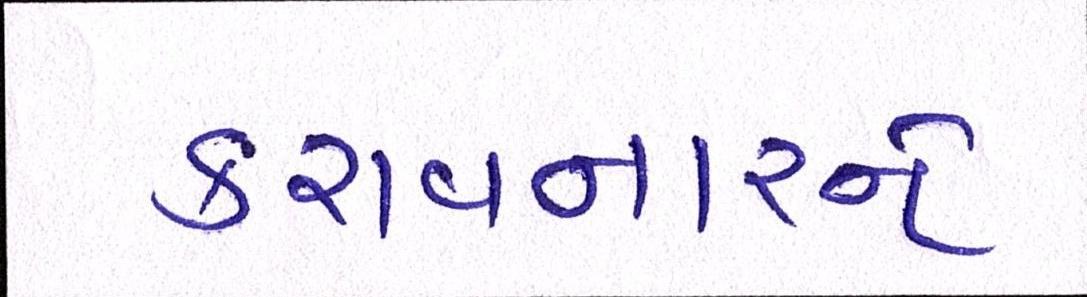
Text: કરાવનારને